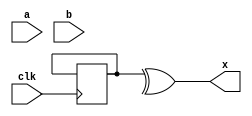
module deadc(input clk,a,b,output x) ;
    reg [1:0] r = 2'b0 ;
    assign x = ^r ;
    always @(posedge clk) begin
	if( a == 2'b1 && a[0] == 1'b0) r <= 1'b1 ;
    end
endmodule